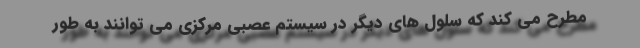
مطرح می کند که سلول های دیگر در سیستم عصبی مرکزی می توانند به طور